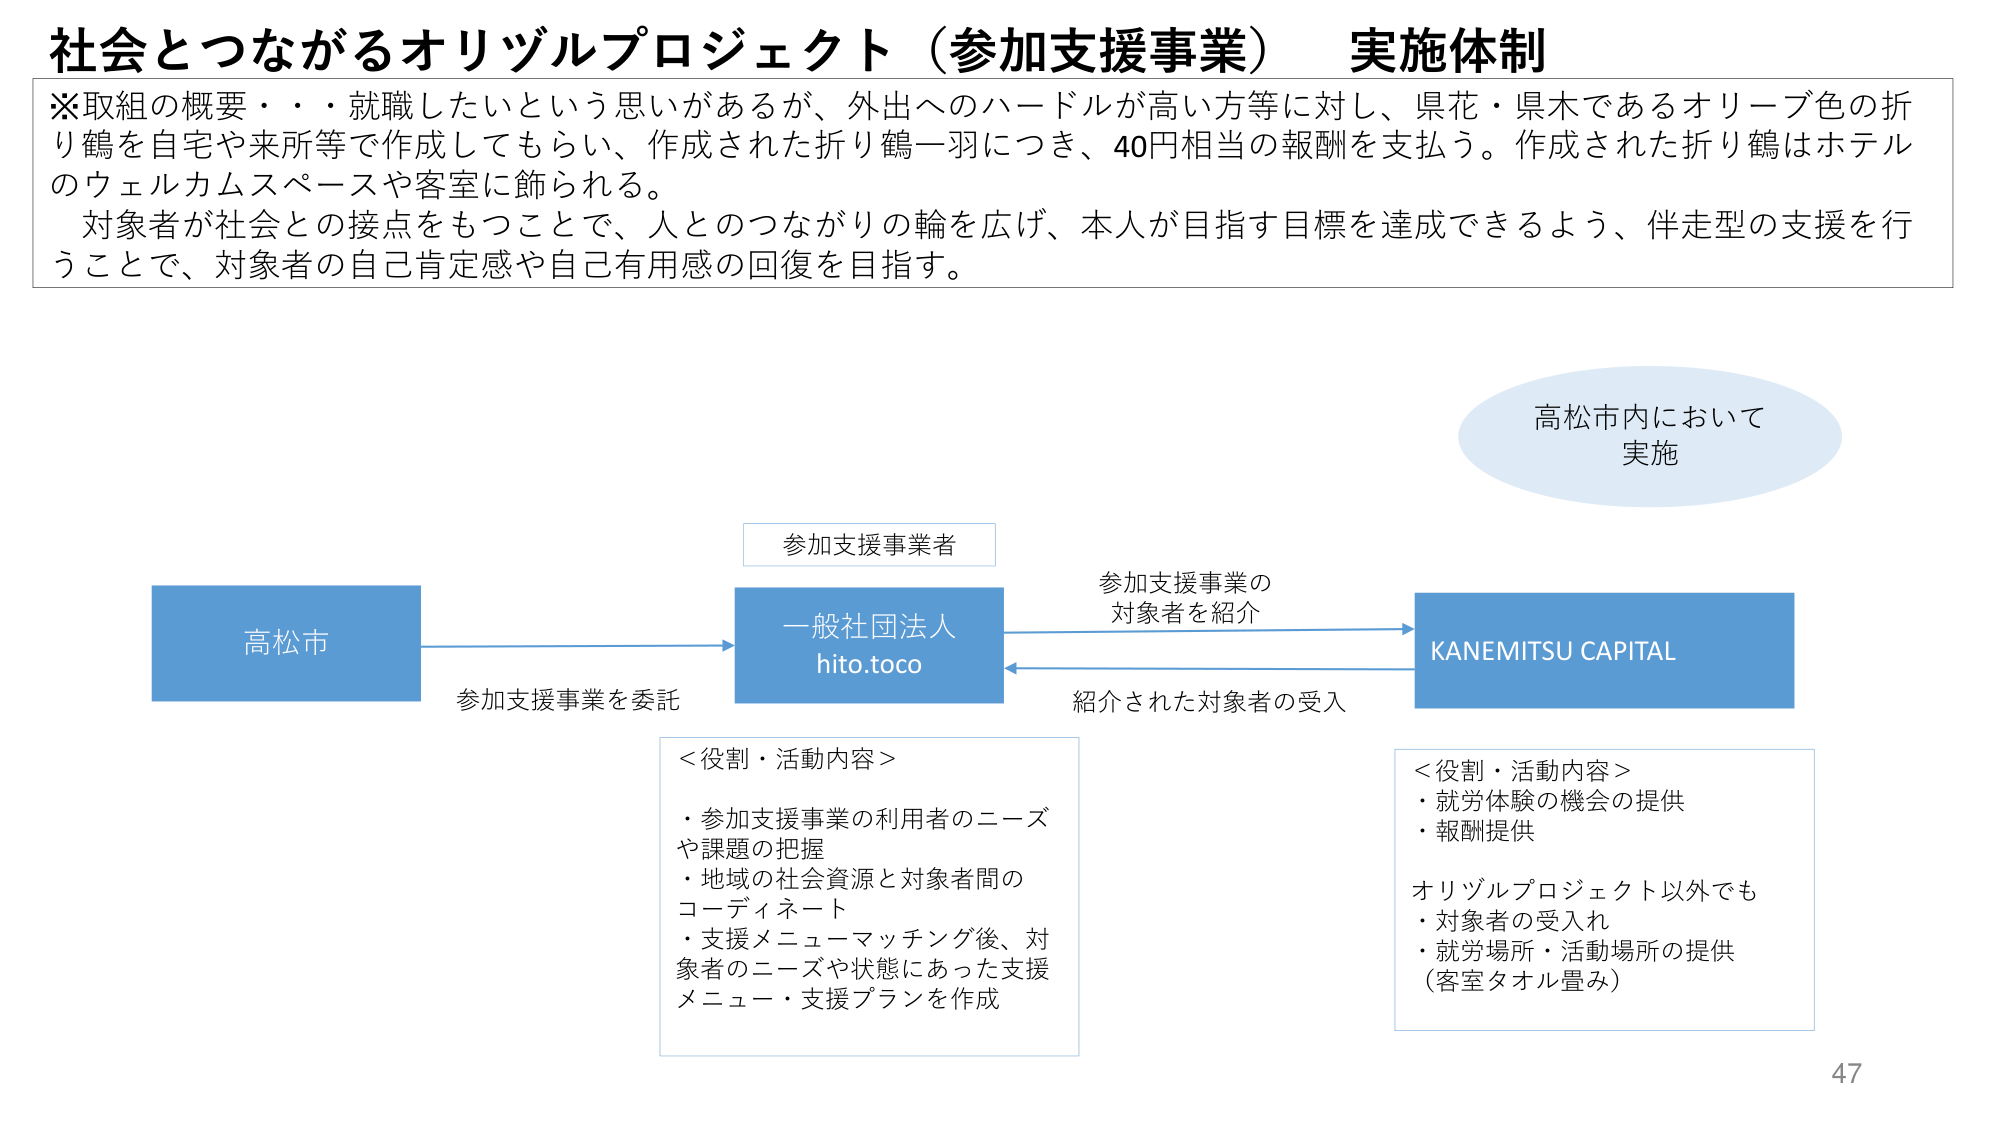
社会とつながるオリヅルプロジェクト（参加支援事業） 実施体制
※取組の概要・・・就職したいという思いがあるが、外出へのハードルが高い方等に対し、県花・県木であるオリーブ色の折り鶴を自宅や来所等で作成してもらい、作成された折り鶴一羽につき、40円相当の報酬を支払う。作成された折り鶴はホテルのウェルカムスペースや客室に飾られる。
対象者が社会との接点をもつことで、人とのつながりの輪を広げ、本人が目指す目標を達成できるよう、伴走型の支援を行うことで、対象者の自己肯定感や自己有用感の回復を目指す。

高松市内において
実施

参加支援事業者

高松市
→ 参加支援事業を委託
→ 一般社団法人 hito.toco
→ 参加支援事業の対象者を紹介
→ KANEMITSU CAPITAL
→ 紹介された対象者の受入

＜役割・活動内容＞
・参加支援事業の利用者のニーズや課題の把握
・地域の社会資源と対象者間のコーディネート
・支援メニューマッチング後、対象者のニーズや状態にあった支援メニュー・支援プランを作成

＜役割・活動内容＞
・就労体験の機会の提供
・報酬提供
オリヅルプロジェクト以外でも
・対象者の受入れ
・就労場所・活動場所の提供（客室タオル畳み）

47